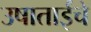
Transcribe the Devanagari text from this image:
उषाताईंचे